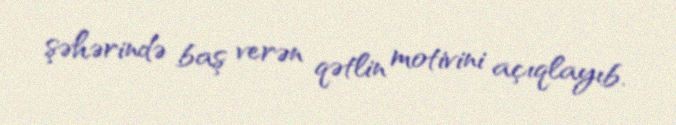
şəhərində baş verən qətlin motivini açıqlayıb.